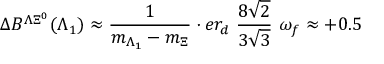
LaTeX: \Delta B ^ { \Lambda \Xi ^ { 0 } } ( \Lambda _ { 1 } ) \approx \frac { 1 } { m _ { \Lambda _ { 1 } } - m _ { \Xi } } \cdot e r _ { d } ~ \frac { 8 \sqrt { 2 } } { 3 \sqrt { 3 } } ~ \omega _ { f } \approx + 0 . 5